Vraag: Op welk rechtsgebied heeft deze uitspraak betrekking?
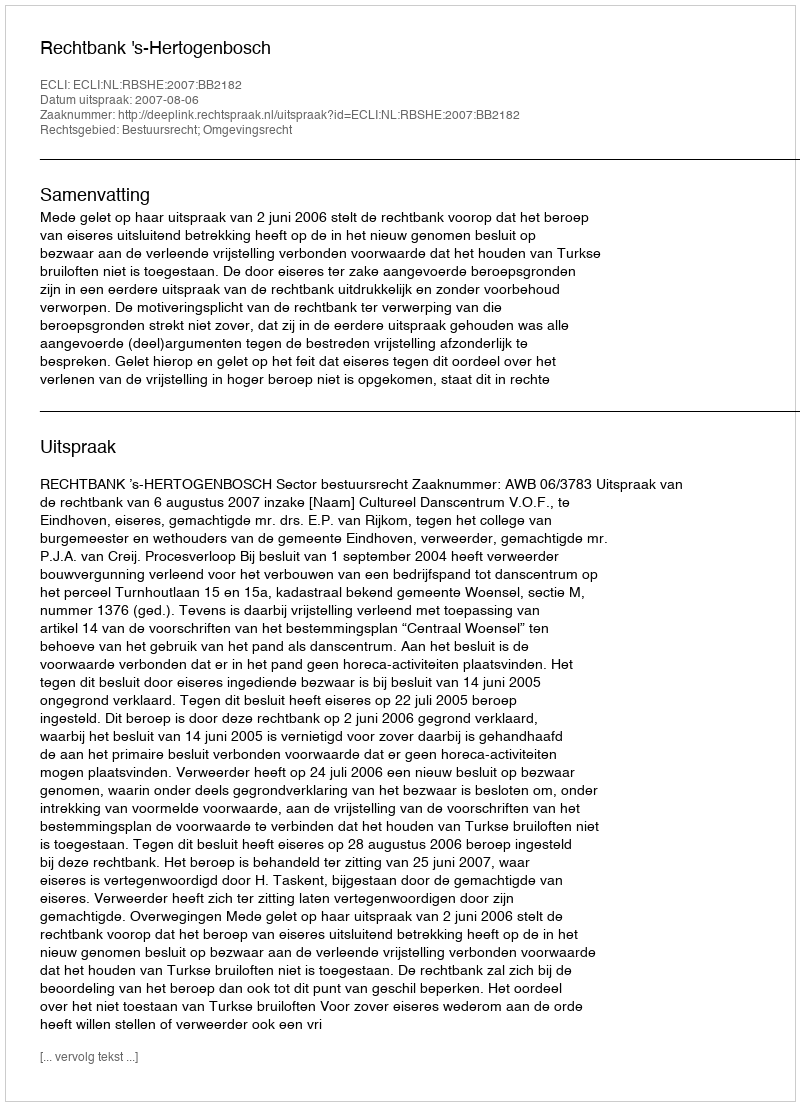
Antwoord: Bestuursrecht; Omgevingsrecht